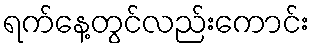
ရက်နေ့တွင်လည်းကောင်း